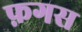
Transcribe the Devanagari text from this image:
फ़गस